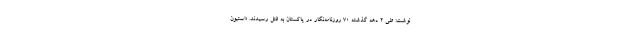
نوشت: طی ۲ دهه گذشته ۷۰ روزنامه‌نگار در پاکستان به قتل رسیدند. «استیون